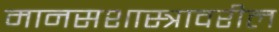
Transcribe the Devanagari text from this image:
मानसशास्‍त्रावरील